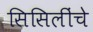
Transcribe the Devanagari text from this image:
सिसिलींचे